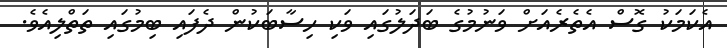
އެކަމަކު ގޮސް އެތެރެއަށް ވަނުމުގެ ބަދަލުގައި ވަކި ހިސާބަކުން ދެފައި ބިމުގައި ތަތްލިއެވެ.